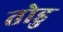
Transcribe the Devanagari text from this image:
तोडु